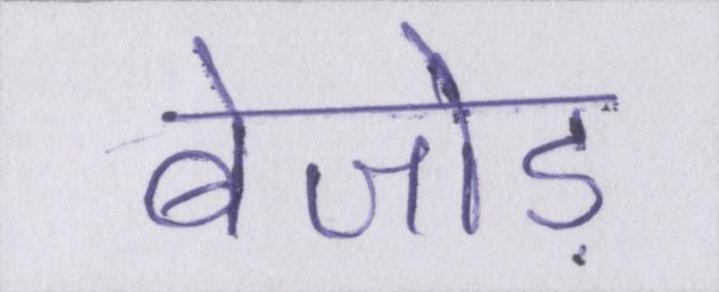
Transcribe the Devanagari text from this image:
बेजोड़